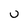
Character: u